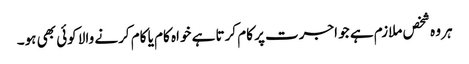
ہر وہ شخص ملازم ہے جو اجرت پر کام کرتا ہے خواہ کام یا کام کرنے والا کوئی بھی ہو۔